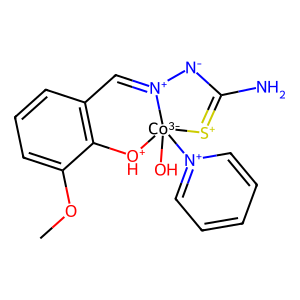
SMILES: COc1cccc2c1[OH+][Co-3]1(O)([n+]3ccccc3)[S+]=C(N)[N-][N+]1=C2
Inhibits HIV replication: No